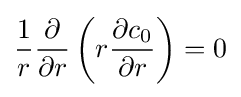
{\frac {1}{r}}{\frac {\partial }{\partial r}}\left(r{\frac {\partial c_{0}}{\partial r}}\right)=0